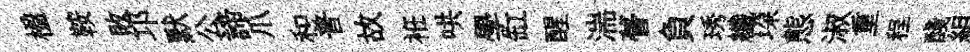
楹鞍敗邛默公諦爪和普故袵哄學缸醒湍瞢負琇纖垜態淑重程醆組